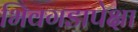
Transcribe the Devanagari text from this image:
भिवगडापेक्षा